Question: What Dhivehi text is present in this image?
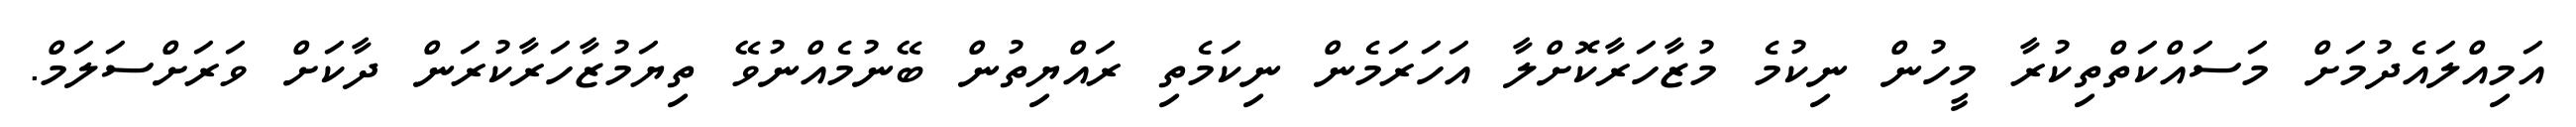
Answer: އަމިއްލައެދުމަށް މަސައްކަތްތިކުރާ މީހުން ނިކުމެ މުޒާހަރާކޮށްލާ އަހަރަމެން ނިކަމެތި ރައްޔިތުން ބޭނުމެއްނުވޭ ތިޔަމުޒާހަރާކުރަން ދާކަށް ވަރަށްސަލަމް.